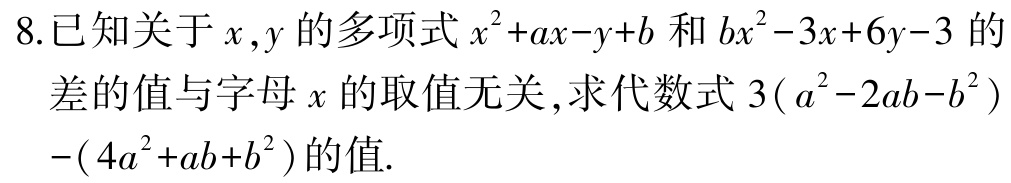
8.已知关于\(x,y\)的多项式\(x^{2}+ax - y + b\)和\(bx^{2}-3x + 6y - 3\)的

差的值与字母\(x\)的取值无关，求代数式\(3(a^{2}-2ab - b^{2})-(4a^{2}+ab + b^{2})\)的值.